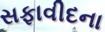
સફાવીદના